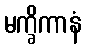
မက္ခိကာနံ